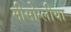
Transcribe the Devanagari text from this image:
मीसोग्लीया